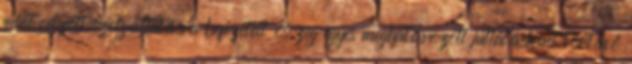
mint célzott szolgáltatásra befizetett összeg egyes meghatározott juttatásként történő